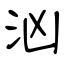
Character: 汹